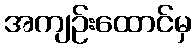
အကျဉ်းထောင်မှ